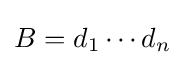
B=d_{1}\cdots d_{n}